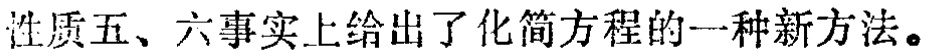
性质五、六事实上给出了化简方程的一种新方法。